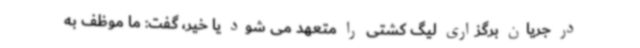
در جریان برگزاری لیگ کشتی را متعهد می شود یا خیر، گفت: ما موظف به